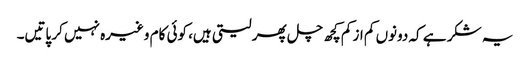
یہ شکر ہے کہ دونوں کم از کم کچھ چل پھر لیتی ہیں، کوئی کام وغیرہ نہیں کر پاتیں۔